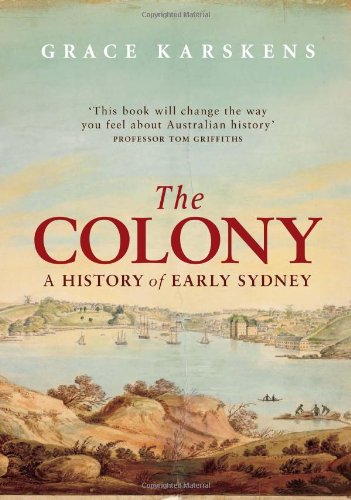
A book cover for The Colony: A History of Early Sydney; Grace Karskens; History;